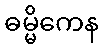
ဓမ္မိကေန